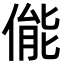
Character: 㑷